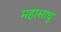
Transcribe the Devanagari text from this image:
महासाधु